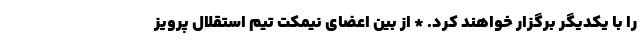
را با یکدیگر برگزار خواهند کرد. * از بین اعضای نیمکت تیم استقلال پرویز